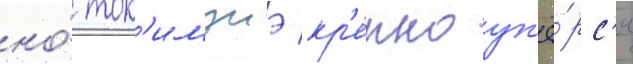
но́ ток'имунэ кр'е́пко уп'ё́рс'я